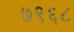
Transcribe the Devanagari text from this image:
७९६८